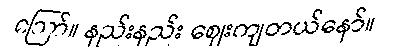
ဪ။ နည်းနည်း ဈေးကျတယ်နော်။